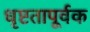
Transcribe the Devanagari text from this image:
धृष्टतापूर्वक